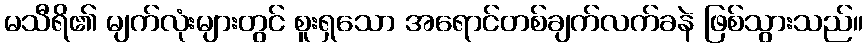
မသီရိ၏ မျက်လုံးများတွင် စူးရှသော အရောင်တစ်ချက်လက်ခနဲ ဖြစ်သွားသည်။